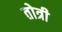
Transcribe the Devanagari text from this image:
तोत्री